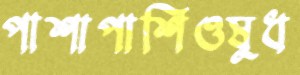
পাশাপাশিওষুধ